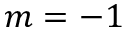
m = - 1